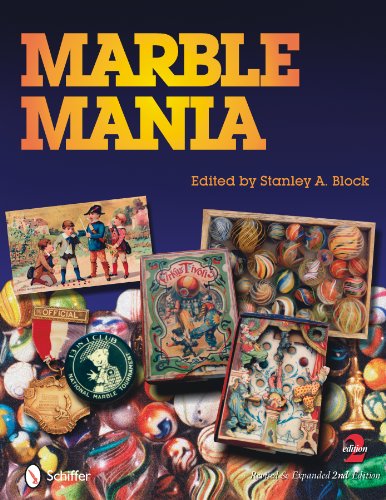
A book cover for Marble Mania; Stanley Block; Crafts, Hobbies & Home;